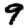
Digit: 9